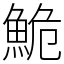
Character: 鮠